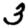
Digit: 3